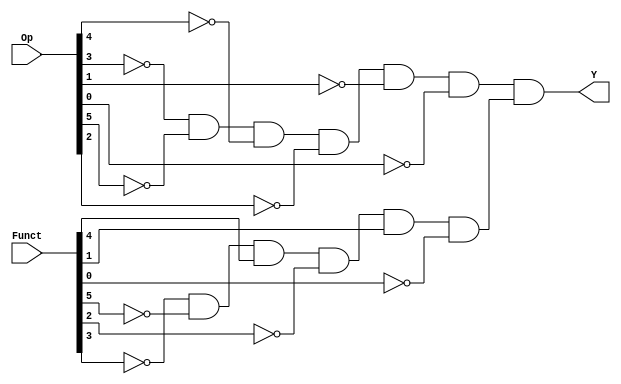
// Copyright (C) 2020  Intel Corporation. All rights reserved.
// Your use of Intel Corporation's design tools, logic functions 
// and other software and tools, and any partner logic 
// functions, and any output files from any of the foregoing 
// (including device programming or simulation files), and any 
// associated documentation or information are expressly subject 
// to the terms and conditions of the Intel Program License 
// Subscription Agreement, the Intel Quartus Prime License Agreement,
// the Intel FPGA IP License Agreement, or other applicable license
// agreement, including, without limitation, that your use is for
// the sole purpose of programming logic devices manufactured by
// Intel and sold by Intel or its authorized distributors.  Please
// refer to the applicable agreement for further details, at
// https://fpgasoftware.intel.com/eula.

// PROGRAM		"Quartus Prime"
// VERSION		"Version 20.1.1 Build 720 11/11/2020 SJ Lite Edition"
// CREATED		"Thu May 18 10:25:34 2023"

module MFLO(
	Funct,
	Op,
	Y
);


input wire	[5:0] Funct;
input wire	[31:26] Op;
output wire	Y;

wire	isMFLO;
wire	isRTYPE;
wire	NOTF0;
wire	NOTF2;
wire	NOTF3;
wire	NOTF5;
wire	NOTOp26;
wire	NOTOp27;
wire	NOTOp28;
wire	NOTOp29;
wire	NOTOp30;
wire	NOTOp31;




assign	isRTYPE = NOTOp29 & NOTOp31 & NOTOp30 & NOTOp28 & NOTOp27 & NOTOp26;

assign	Y = isRTYPE & isMFLO;

assign	NOTF0 =  ~Funct[0];

assign	NOTF5 =  ~Funct[5];

assign	isMFLO = NOTF3 & NOTF5 & Funct[4] & NOTF2 & Funct[1] & NOTF0;

assign	NOTF2 =  ~Funct[2];

assign	NOTF3 =  ~Funct[3];

assign	NOTOp30 =  ~Op[30];

assign	NOTOp29 =  ~Op[29];

assign	NOTOp27 =  ~Op[27];

assign	NOTOp26 =  ~Op[26];

assign	NOTOp31 =  ~Op[31];

assign	NOTOp28 =  ~Op[28];


endmodule